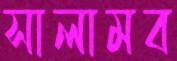
সালামব